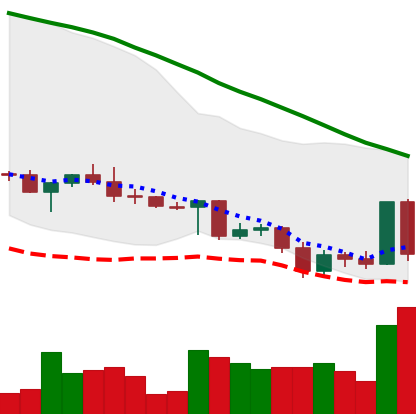
Ticker: ADA-USD
Chart end date: 2022-05-05
Forward return: -20.5%
Label: down_7plus